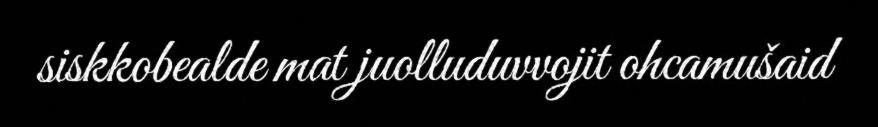
siskkobealde mat juolluduvvojit ohcamušaid